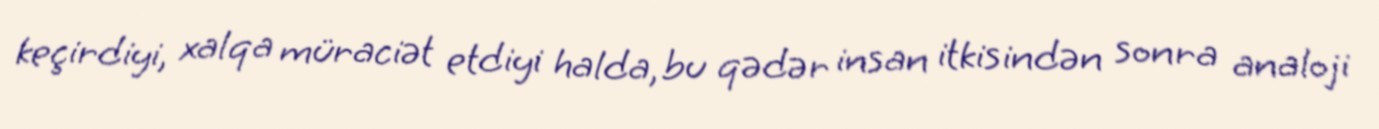
keçirdiyi, xalqa müraciət etdiyi halda, bu qədər insan itkisindən sonra analoji